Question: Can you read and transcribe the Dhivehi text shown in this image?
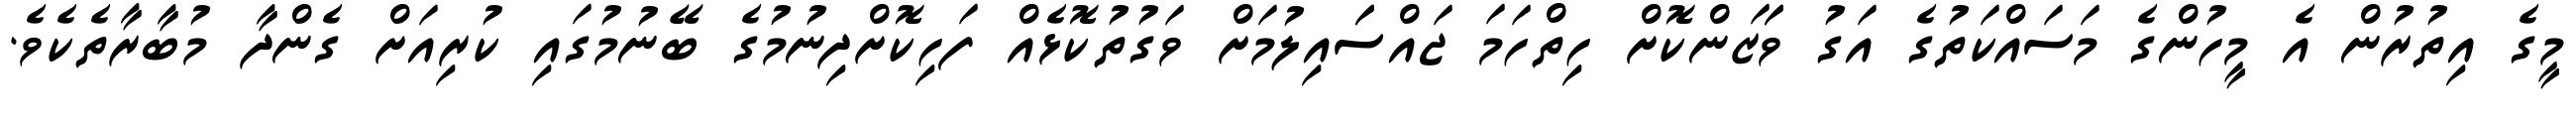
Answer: މީގެ އިތުރުން އެ މީހުންގެ މަސައްކަތުގެ އަގު ވަަޒަންކޮށް ހިތްހަމަ ޖައްސަައިލުމަށް ވަގުތުކޮޅެއް ފަހިކޮށްދިނުމުގެ ބޭނުމުގައި ކުރިއަށް ގެންދާ މުބާރާތެކެވެ.